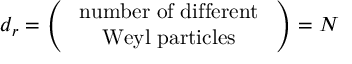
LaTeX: d _ { r } = \left( \begin{array} { c } { { \mathrm { { \small ~ n u m b e r ~ o f ~ d i f f e r e n t } ~ } } } \\ { { \mathrm { { \small ~ W e y l ~ p a r t i c l e s } ~ } } } \end{array} \right) = N